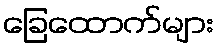
ခြေထောက်များ